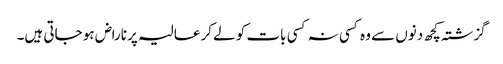
گزشتہ کچھ دنوں سے وہ کسی نہ کسی بات کو لےکر عالیہ پر ناراض ہو جاتی ہیں۔